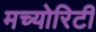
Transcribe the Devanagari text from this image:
मच्योरिटी